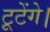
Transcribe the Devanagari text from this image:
टूटेंगे।